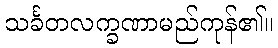
သင်္ခတလက္ခဏာမည်ကုန်၏။